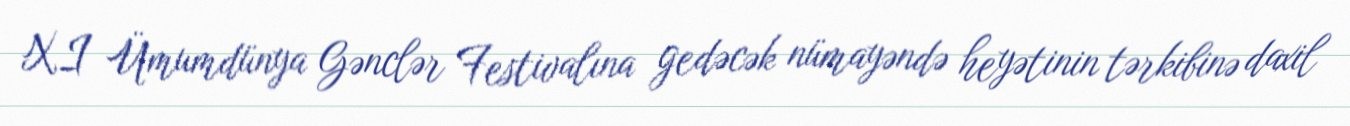
XI Ümumdünya Gənclər Festivalına gedəcək nümayəndə heyətinin tərkibinə daxil